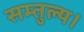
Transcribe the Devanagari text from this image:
सम्तुल्य।